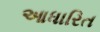
આધારિત